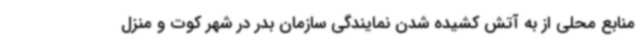
منابع محلی از به آتش کشیده شدن نمایندگی سازمان بدر در شهر کوت و منزل